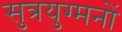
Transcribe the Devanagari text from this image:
सुत्रयुग्मनों